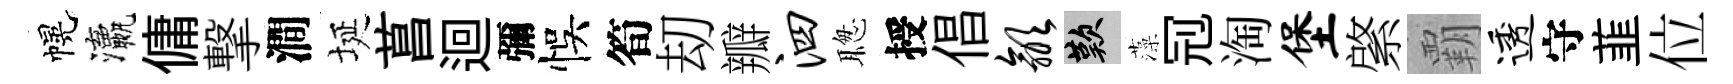
幌瀛傭撃澗埏菖迴彌悞筍刧瓣泗聦授倡歙嘆藻𠜍淘堡綮覇透守韮位